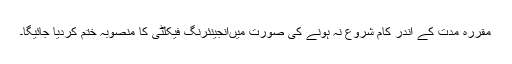
مقررہ مدت کے اندر کام شروع نہ ہونے کی صورت میںانجینئرنگ فیکلٹی کا منصوبہ ختم کردیا جائیگا۔